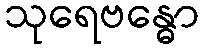
သုရေဗန္ဓော